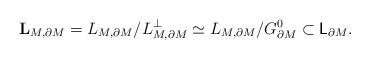
LaTeX: \begin{align*}\mathbf{L}_{M,\partial M}={L}_{M,\partial M}/{L}_{M,\partial M}^\bot\simeq {L}_{M,\partial M}/G_{\partial M}^0\subset \mathsf{L}_{\partial M}.\end{align*}